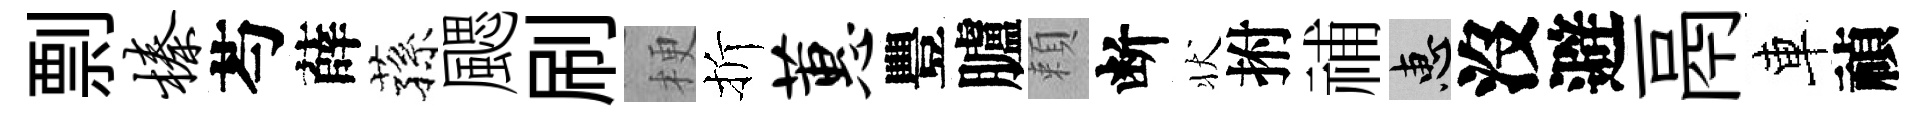
剽榛芍薛蓀颸刷梗折蕙豐臚頼断状拊𥙷惠沒避鬲車禎